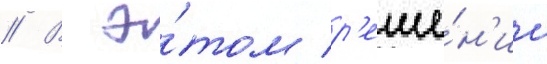
// В э́том р'еше́н'ии